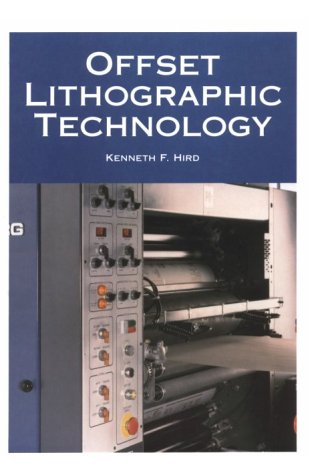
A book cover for Offset Lithographic Technology; Kenneth F. Hird; Arts & Photography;